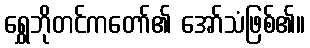
ရွှေဘိုတင်ကတော်၏ အော်သံဖြစ်၏။